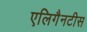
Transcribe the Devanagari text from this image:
एलिगैनटीस